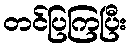
တင်ပြကြပြီး